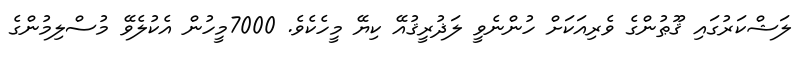
ލަޝްކަރުގައި ޤޫޠުންގެ ވެރިއަކަށް ހުންނެވީ ލަޛުރީޤުއޭ ކިޔޭ މީހެކެވެ. 7000މީހުން އެކުލެވޭ މުސްލިމުންގެ